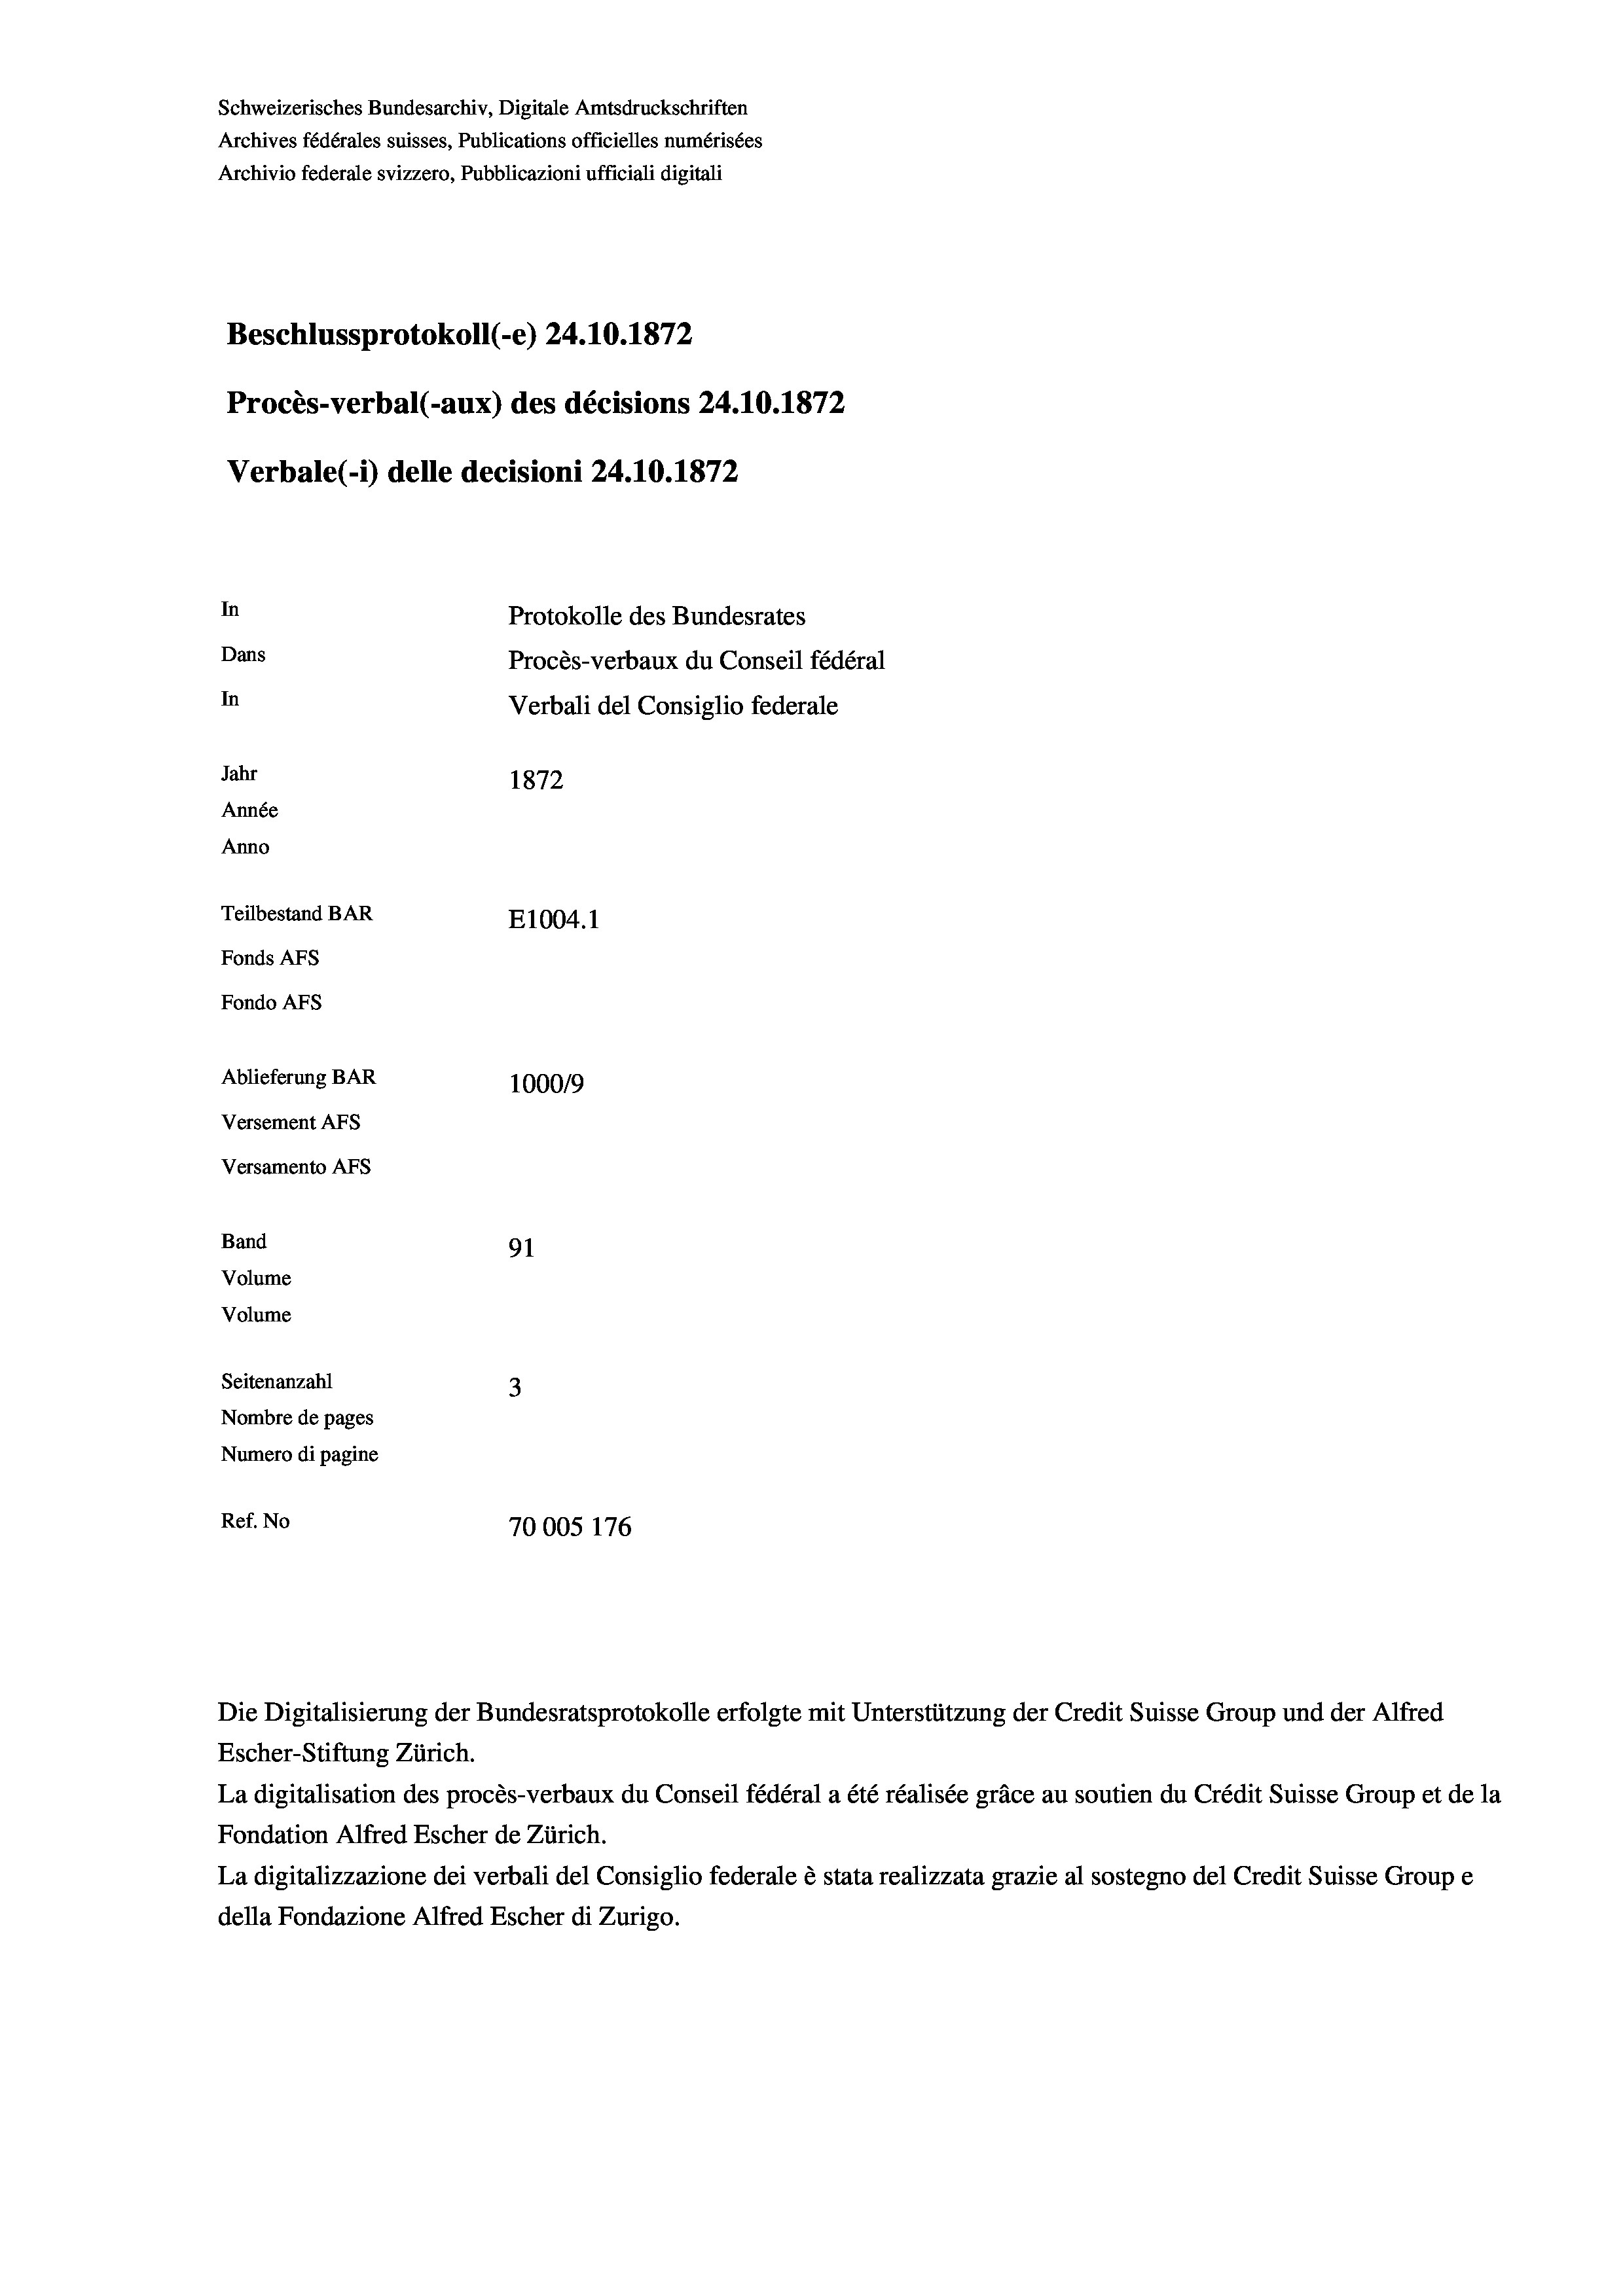
Schweizerisches Bundesarchiv, Digitale Amtsdruckschriften
Archives fédérales suisses, Publications officielles numérisées
Archivio federale svizzero, Pubblicazioni ufficiali digitali
Beschlussprotokoll (-e) 24.10.1872
Procès-verbal (-aux) des décisions 24.10.1872
Verbale (- 1) delle decisioni 24.10.1872
In
Protokolle des Bundesrates
Dans
Procès-verbaux du Conseil fédéral
In
Verbali del Consiglio federale
Jahr
1872
Année
Anno
Teilbestand BAR
E1004. 1
Fonds AFs
Fondo AFs
Ablieferung BAR
100019
Versement Abs
Versamento Afs
Band
91
Volume
Volume
Seitenanzahl
3
Nombre de pages
Numero di pagine
Ref. No
70005 176

Escher-Stiftung Zürich.
La digitalisation des procès-verbaux du Conseil fédéral a été réalisée gräce au soutien du Crédit Suisse Group et de la
Fondation Alfred Escher de Zürich.
La digitalizzazione dei verbali del Consiglio federale è stata realizzata grazie al sostegno del Credit Suisse Groupe
della Fondazione Alfred Escher di Zurigo.

Die Digitalisierung der Bundesratsprotokolle erfolgte mit Unterstützung der Credit Suisse Group und der Alfred